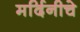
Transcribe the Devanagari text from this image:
मर्दिनीचे